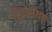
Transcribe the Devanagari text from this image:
ट्रिकोसेंथन